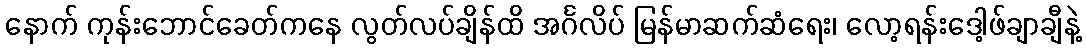
နောက် ကုန်းဘောင်ခေတ်ကနေ လွတ်လပ်ချိန်ထိ အင်္ဂလိပ် မြန်မာဆက်ဆံရေး၊ လော့ရန်းဒေါ့ဖ်ချာချီနဲ့